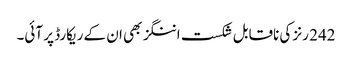
242 رنز کی ناقابل شکست اننگز بھی ان کے ریکارڈ پر آئی۔